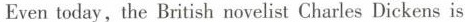
Eventoday, the British novelist Charles Dickens is